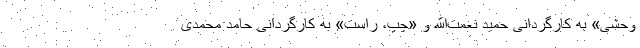
وحشی» به کارگردانی حمید نعمت‌الله و «چپ، راست» به کارگردانی حامد محمدی